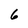
Character: 6